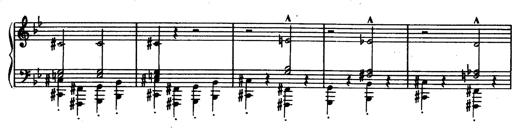
Title: Trauervorspiel und Trauermarsch
Composer: Franz Liszt